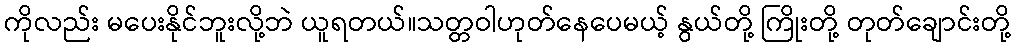
ကိုလည်း မပေးနိုင်ဘူးလို့ဘဲ ယူရတယ်။သတ္တဝါဟုတ်နေပေမယ့် နွယ်တို့ ကြိုးတို့ တုတ်ချောင်းတို့